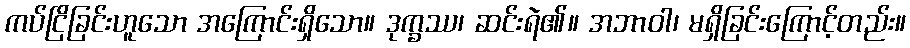
ကပ်ငြိခြင်းဟူသော အကြောင်းရှိသော။ ဒုက္ခဿ၊ ဆင်းရဲ၏။ အဘာဝါ၊ မရှိခြင်းကြောင့်တည်း။